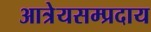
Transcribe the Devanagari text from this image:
आत्रेयसम्प्रदाय